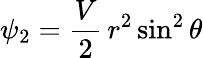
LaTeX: \psi_{2}=\frac{V}{2}\, r^{2}\sin^{2}\theta